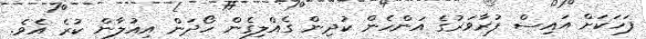
ފަހަކަށް އައިސް ފުރާވަރުގެ އަންހެން ކުދިން ގެއްލިގެން ހޯދަން އިއުލާން ކުރެ އެވެ.